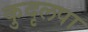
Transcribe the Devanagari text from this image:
कुदृलपा